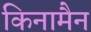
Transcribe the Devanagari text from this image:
किनामैन